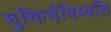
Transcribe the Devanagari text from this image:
मुक्तिर्भविष्यति